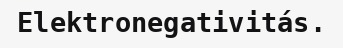
Elektronegativitás.